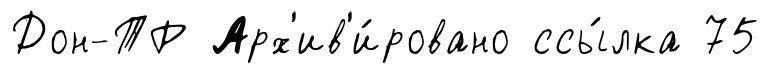
Дон-ТР Арх'ив'и́ровано ссы́лка 75